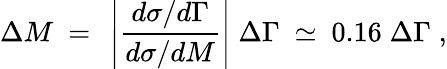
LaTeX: \Delta M\ =\ \left\vert{\frac{d\sigma/d\Gamma}{d\sigma/dM}}\right\vert\; \Delta\Gamma\ \simeq\ 0.16\; \Delta\Gamma\; ,